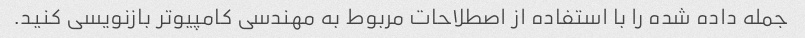
جمله داده شده را با استفاده از اصطلاحات مربوط به مهندسی کامپیوتر بازنویسی کنید.